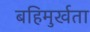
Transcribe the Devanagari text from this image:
बहिमुर्खता